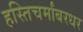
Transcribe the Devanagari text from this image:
हस्तिचर्मांबरधर